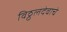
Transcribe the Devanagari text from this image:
विठ्ठलदेवाचे